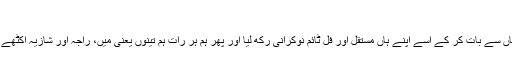
"
اس کے بعد میں نے شازیہ کی ماں سے بات کر کے اسے اپنے ہاں مستقل اور فل ٹائم نوکرانی رکھ لیا اور پھر ہم ہر رات ہم تینوں یعنی میں، راجہ اور شازیہ اکٹھے سوتے اور مل کر سیکس کرتے۔